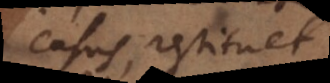
casus, restituet